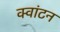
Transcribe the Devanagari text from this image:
क्वांटन